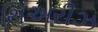
થિઅરીઝ